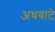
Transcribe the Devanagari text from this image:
अधवाटे